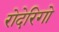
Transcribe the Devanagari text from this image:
रोदेरिगो